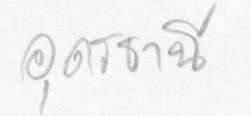
อุดรธานี